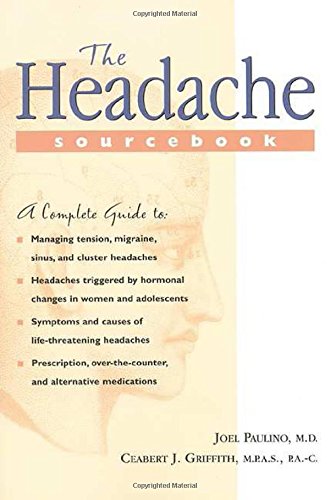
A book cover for The Headache Sourcebook; Joel Paulino; Health, Fitness & Dieting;